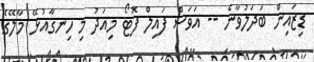
ޑިޒައިން ބަދަލުވާނެ -- އަވަސް ފައިލް ފޮޓޯ މިއަދު މި ހިނގާއުޅޭ މާލޭގެ